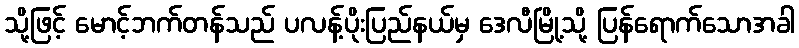
သို့ဖြင့် မောင့်ဘက်တန်သည် ပလန့်ပိုးပြည်နယ်မှ ဒေလီမြို့သို့ ပြန်ရောက်သောအခါ